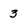
Character: 3